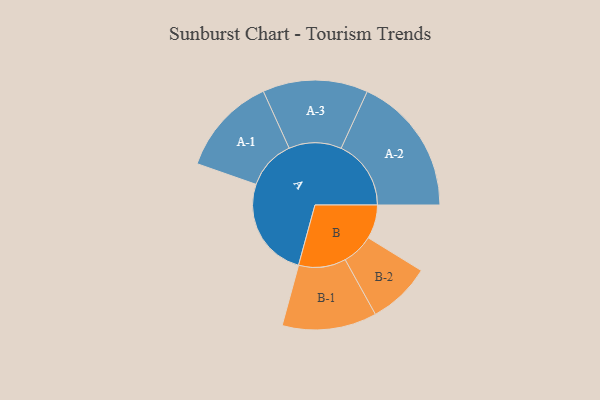
{"axis": {"x": "Segment", "y": "Value"}, "legend": ["", "A", "B"], "data": [{"x": "A", "y": 419, "type": ""}, {"x": "B", "y": 141, "type": ""}, {"x": "A-1", "y": 206, "type": "A"}, {"x": "A-2", "y": 291, "type": "A"}, {"x": "A-3", "y": 219, "type": "A"}, {"x": "B-1", "y": 197, "type": "B"}, {"x": "B-2", "y": 131, "type": "B"}]}